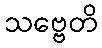
သဗ္ဗေတိ